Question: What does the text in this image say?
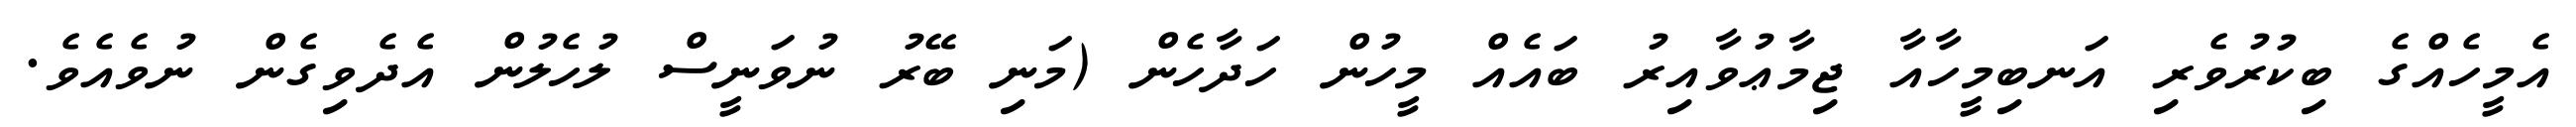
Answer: އެމީހެއްގެ ބިކުރުވެރި އަނބިމީހާއާ ޖިމާޢުވާއިރު ބައެއް މީހުން ހަދާހެން (މަނި ބޭރު ނުވަނީސް ލުހެލުން އެދެވިގެން ނުވެއެވެ.